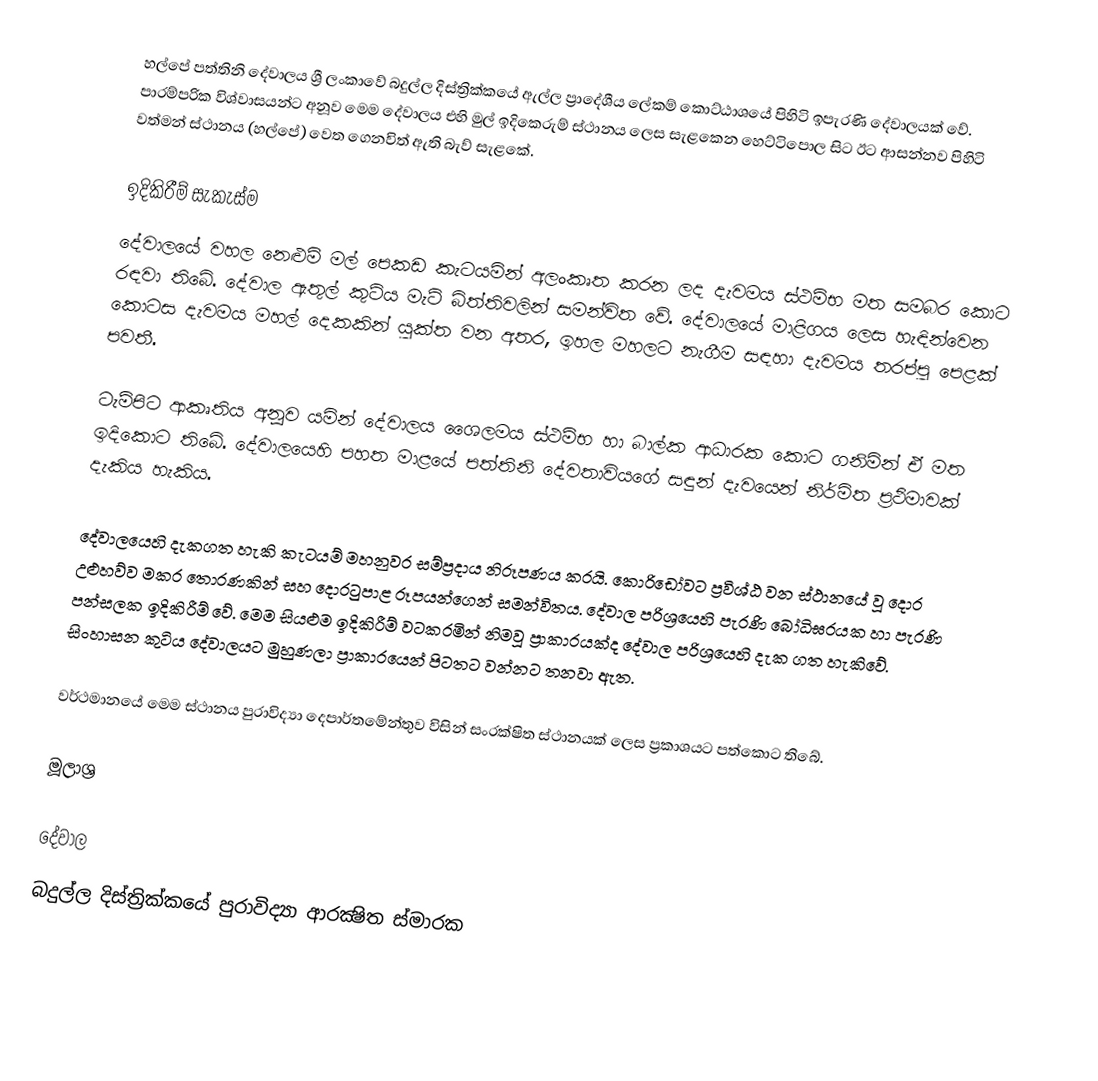
හල්පේ පත්තිනි දේවාලය ශ්‍රී ලංකාවේ බදුල්ල දිස්ත්‍රික්කයේ ඇල්ල ප්‍රාදේශීය ලේකම් කොට්ඨාශයේ පිහිටි ඉපැරණි දේවාලයක් වේ. පාරම්පරික විශ්වාසයන්ට අනූව මෙම දේවාලය එහි මුල් ඉදිකෙරුම් ස්ථානය ලෙස සැළකෙන හෙට්ටිපොල සිට ඊට ආසන්නව පිහිටි වත්මන් ස්ථානය (හල්පේ) වෙත ගෙනවිත් ඇති බැව් සැළකේ.

ඉදිකිරීම් සැකැස්ම
දේවාලයේ වහල නෙළුම් මල් පෙකඩ කැටයමින් අලංකෘත කරන ලද දැවමය ස්ථම්භ මත සමබර කොට රඳවා තිබේ. දේවාල ඇතුල් කුටිය මැටි බිත්තිවලින් සමන්විත වේ. දේවාලයේ මාළිගය ලෙස හැඳින්වෙන කොටස දැවමය මහල් දෙකකින් යුක්ත වන අතර, ඉහල මහලට නැගීම සඳහා දැවමය තරප්පු පෙළක් පවතී.

ටැම්පිට ආකෘතිය අනූව යමින් දේවාලය ශෙෙලමය ස්ථම්භ හා බාල්ක ආධාරක කොට ගනිමින් ඒ මත ඉදිකොට තිබේ. දේවාලයෙහි පහත මාළයේ පත්තිනි දේවතාවියගේ සඳුන් දැවයෙන් නිර්මිත ප්‍රථිමාවක් දැකිය හැකිය.

දේවාලයෙහි දැකගත හැකි කැටයම් මහනුවර සම්ප්‍රදාය නිරූපණය කරයි. කොරිඩෝවට ප්‍රවිශ්ඨ වන ස්ථානයේ වූ දොර උළුහව්ව මකර තොරණකින් සහ දොරටුපාළ රූපයන්ගෙන් සමන්විතය. දේවාල පරිශ්‍රයෙහි පැරණි බෝධිඝරයක හා පැරණි පන්සලක ඉදිකිරීම් වේ. මෙම සියළුම ඉදිකිරීම් වටකරමින් නිමවූ ප්‍රාකාරයක්ද දේවාල පරිශ්‍රයෙහි දැක ගත හැකිවේ. සිංහාසන කුටිය දේවාලයට මුහුණලා ප්‍රාකාරයෙන් පිටතට වන්නට තනවා ඇත.

වර්ථමානයේ මෙම ස්ථානය පුරාවිද්‍යා දෙපාර්තමේන්තුව විසින් සංරක්ෂිත ස්ථානයක් ලෙස ප්‍රකාශයට පත්කොට තිබේ.

මූලාශ්‍ර

දේවාල
බදුල්ල දිස්ත්‍රික්කයේ පුරාවිද්‍යා ආරක්‍ෂිත ස්මාරක